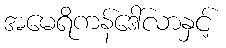
အမေရိကန်ဒေါ်လာနှင့်